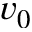
v _ { 0 }